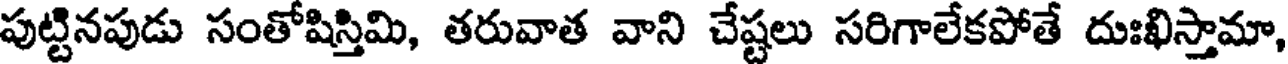
పుట్టినపుడు సంతోషిస్తిమి, తరువాత వాని చేష్టలు సరిగాలేకపోతే దుఃఖిస్తామా